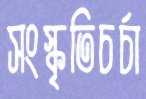
সংস্কৃতিচর্চা